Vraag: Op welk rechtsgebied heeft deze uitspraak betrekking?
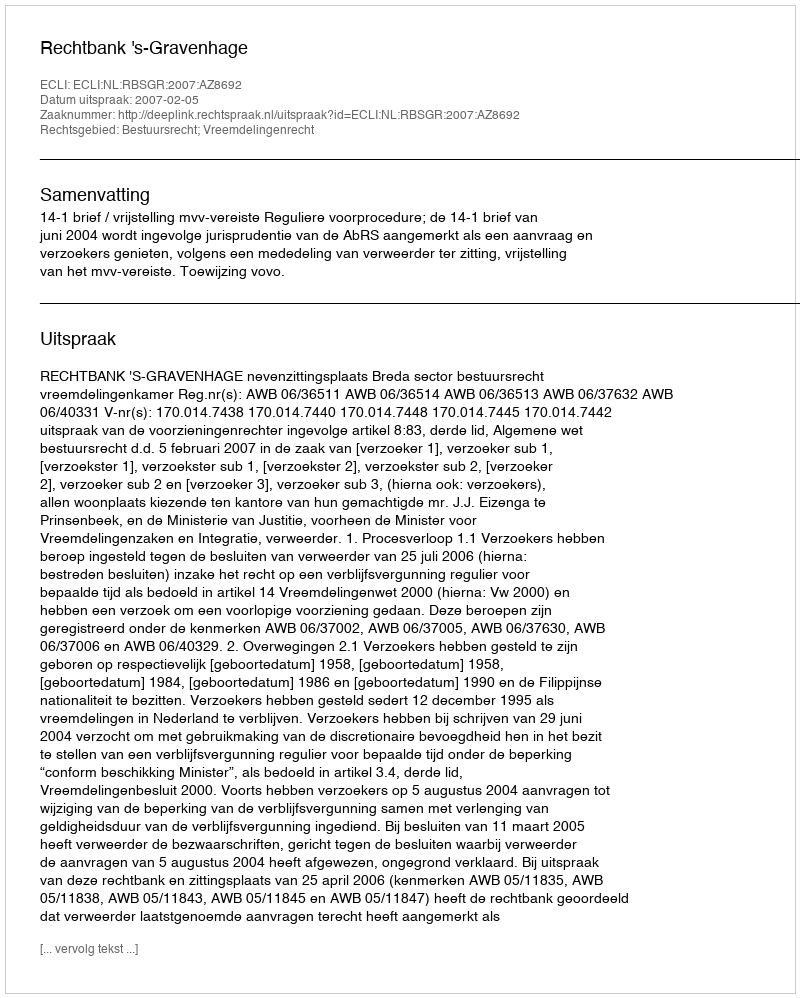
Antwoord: Bestuursrecht; Vreemdelingenrecht